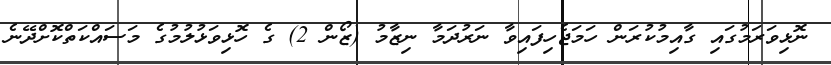
ނޮޅިވަރަމުގައި ގާއިމުކުރަން ހަމަޖެހިފައިވާ ނަރުދަމާ ނިޒާމު (ޒޯން 2) ގެ ހޮޅިވަޅުލުމުގެ މަސައްކަތްކޮށްދޭނެ